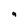
Character: 9